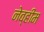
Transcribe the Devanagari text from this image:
नेव्हीम